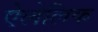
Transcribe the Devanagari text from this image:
ऐलेलिक